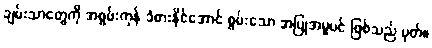
ချမ်းသာတွေကို အစွမ်းကုန် ခံစားနိုင်အောင် စွမ်းသော အပြုအမူပင် ဖြစ်သည် မှတ်။